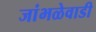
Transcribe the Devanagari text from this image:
जांभळेवाडी